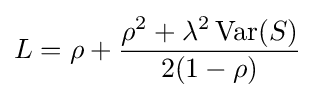
L=\rho +{\frac {\rho ^{2}+\lambda ^{2}\operatorname {Var} (S)}{2(1-\rho )}}